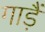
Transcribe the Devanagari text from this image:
गाड़ैं